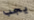
يجب